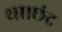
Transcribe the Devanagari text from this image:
था।छंद